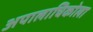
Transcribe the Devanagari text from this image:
अपालाचिकोला